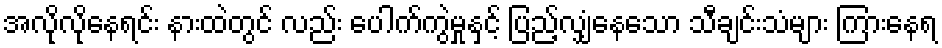
အလိုလိုနေရင်း နားထဲတွင် လည်း ပေါက်ကွဲမှုနှင့် ပြည့်လျှံနေသော သီချင်းသံများ ကြားနေရ